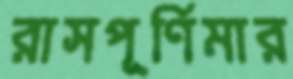
রাসপূর্ণিমার